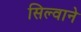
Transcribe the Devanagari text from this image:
सिल्वाने